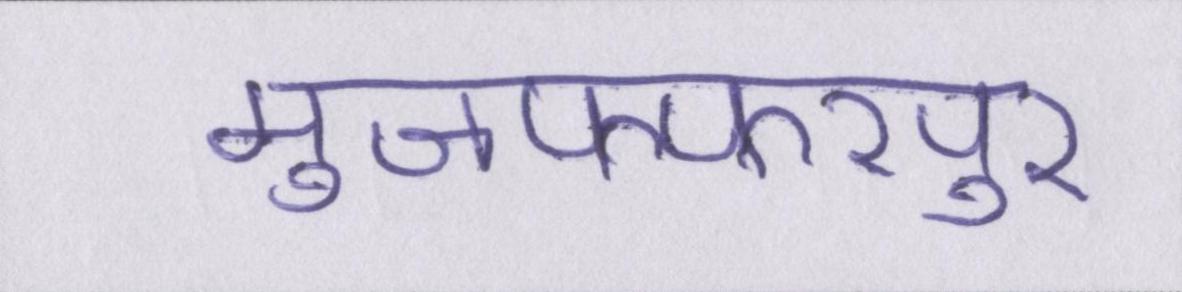
मुजफ्फरपुर